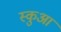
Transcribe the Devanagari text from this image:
स्कुआ